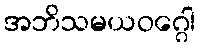
အဘိသမယဝဂ္ဂေါ